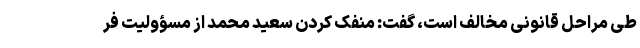
طی مراحل قانونی مخالف است، گفت: منفک کردن سعید محمد از مسؤولیت فر